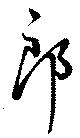
郎